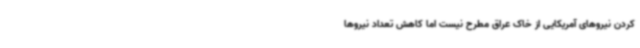
کردن نیروهای آمریکایی از خاک عراق مطرح نیست اما کاهش تعداد نیروها